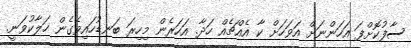
ސާފުކޮށްފަ އަހަންނަށް އަވަހަށް ކާ އެއްޗެއް ހަދާ. އަހަރެން މިހިރަ ބަނޑުހައިވެގެން ހަލާކުވަނީ.